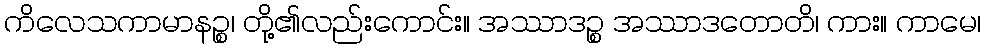
ကိလေသကာမာနဉ္စ၊ တို့၏လည်းကောင်း။ အဿာဒဉ္စ အဿာဒတောတိ၊ ကား။ ကာမေ၊